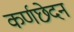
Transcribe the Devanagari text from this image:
कर्णछेदन